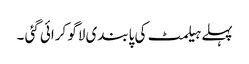
پہلے ہیلمٹ کی پابندی لاگو کرائی گئی ۔